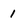
Character: 1